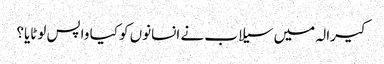
کیرالہ میں سیلاب نے انسانوں کو کیا واپس لوٹایا؟